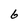
Character: 6